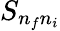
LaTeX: S_{n_{f}n_{i}}